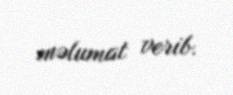
məlumat verib.